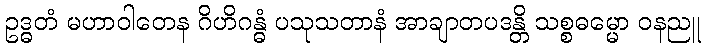
ဥဒ္ဓတံ မဟာဝါတေန ဂိဟိဂန္ဓံ ပသုသတာနံ အာချာတပဒန္တိ သစ္စဓမ္မော ဝနညူ